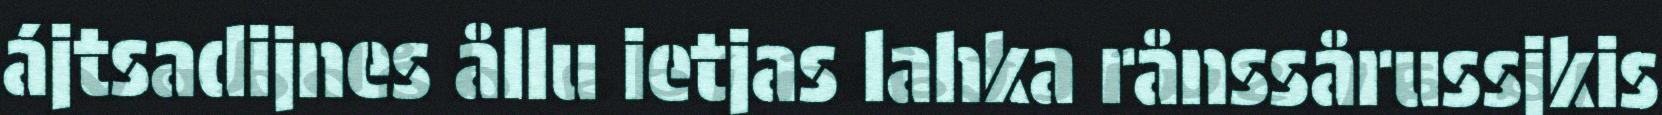
ájtsadijnes ållu ietjas lahka rånssårussjkis